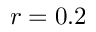
r = 0 . 2